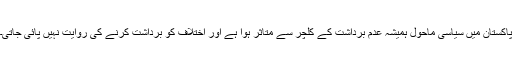
پاکستان میں سیاسی ماحول ہمیشہ عدم برداشت کے کلچر سے متاثر ہوا ہے اور اختلاف کو برداشت کرنے کی روایت نہیں پائی جاتی۔